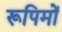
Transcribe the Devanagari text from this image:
रूपिमों